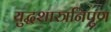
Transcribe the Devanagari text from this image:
युद्धशास्त्रनिपुण